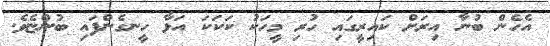
އެހެން ބުނާ އިރަށް ކައިރީގައި ހުރި މީހަކު ކަކަކަ އަޅާ ހީނގެންފައި ބުންޏެވެ.